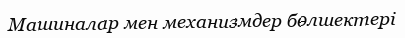
Машиналар мен механизмдер бөлшектері